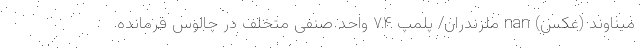
میناوند (عکس) nan ملزندران/ پلمپ ۷۴ واحد صنفی متخلف در چالوس فرمانده